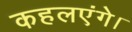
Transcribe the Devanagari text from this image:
कहलएंगे।